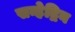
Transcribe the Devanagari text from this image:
सन्हेद्रिन